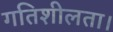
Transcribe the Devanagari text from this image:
गतिशीलता।